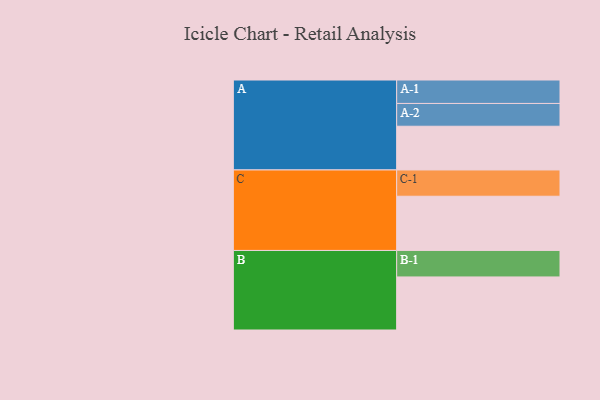
{"axis": {"x": "Segment", "y": "Value"}, "legend": ["", "A", "B", "C"], "data": [{"x": "A", "y": 449, "type": ""}, {"x": "B", "y": 545, "type": ""}, {"x": "C", "y": 557, "type": ""}, {"x": "A-1", "y": 241, "type": "A"}, {"x": "A-2", "y": 234, "type": "A"}, {"x": "B-1", "y": 272, "type": "B"}, {"x": "C-1", "y": 270, "type": "C"}]}